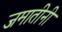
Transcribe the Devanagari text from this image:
जमातीनी